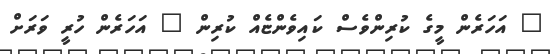
" އަހަރެން މީގެ ކުރިންވެސް ކައިވެންޏެއް ކުރިން " އަހަރެން ހުރީ ވަރަށް